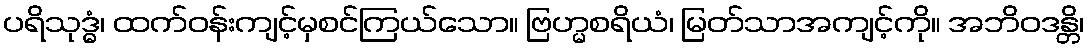
ပရိသုဒ္ဓံ၊ ထက်ဝန်းကျင့်မှစင်ကြယ်သော။ ဗြဟ္မစရိယံ၊ မြတ်သာအကျင့်ကို။ အဘိဝဒန္တိ၊